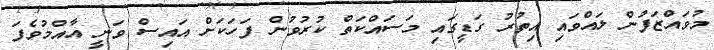
މުވައްޒަފުން ލައްވައި އިތުރު ގަޑީގައި މަސައްކަތް ކުރުވުން ފަހަކަށް އައިސް ވަނީ އާއްމުވެފަ